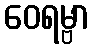
ဝေရမ္ဗာ